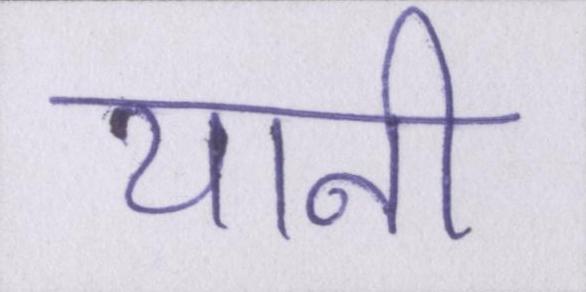
यानी